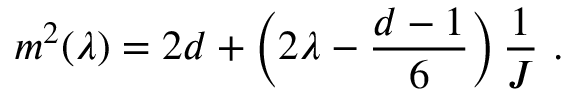
m ^ { 2 } ( \lambda ) = 2 d + \left( 2 \lambda - { \frac { d - 1 } { 6 } } \right) { \frac { 1 } { J } } ~ .